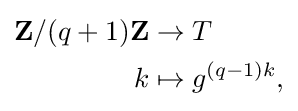
{\begin{aligned}\mathbf {Z} /(q+1)\mathbf {Z} &\to T\\k&\mapsto g^{(q-1)k},\end{aligned}}